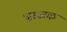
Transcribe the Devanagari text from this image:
भ्राजक